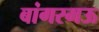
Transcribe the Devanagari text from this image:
बांगरमऊ